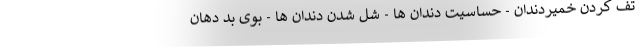
تف کردن خمیردندان - حساسیت دندان ها - شل شدن دندان ها - بوی بد دهان